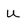
Character: u